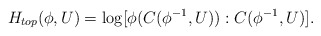
\begin{align*}H_{top}(\phi,U)=\log[\phi(C(\phi^{-1},U)):C(\phi^{-1},U)].\end{align*}